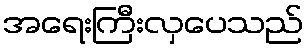
အရေးကြီးလှပေသည်